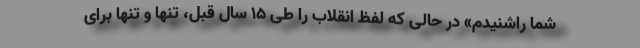
شما راشنیدم» در حالی که لفظ انقلاب را طی 15 سال قبل، تنها و تنها برای